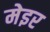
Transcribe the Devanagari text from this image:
मेइर